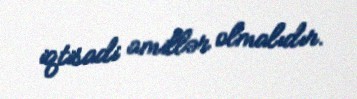
iqtisadi amillər olmalıdır.